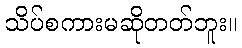
သိပ်စကားမဆိုတတ်ဘူး။